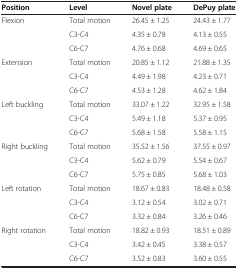
<table><thead><tr><td><b>Position</b></td><td><b>Level</b></td><td><b>Novel plate</b></td><td><b>DePuy plate</b></td></tr></thead><tbody><tr><td>Flexion</td><td>Total motion</td><td>26.45 ± 1.25</td><td>24.43 ± 1.77</td></tr><tr><td></td><td>C3-C4</td><td>4.35 ± 0.78</td><td>4.13 ± 0.55</td></tr><tr><td></td><td>C6-C7</td><td>4.76 ± 0.68</td><td>4.69 ± 0.65</td></tr><tr><td>Extension</td><td>Total motion</td><td>20.85 ± 1.12</td><td>21.88 ± 1.35</td></tr><tr><td></td><td>C3-C4</td><td>4.49 ± 1.98</td><td>4.23 ± 0.71</td></tr><tr><td></td><td>C6-C7</td><td>4.53 ± 1.28</td><td>4.62 ± 1.84</td></tr><tr><td>Left buckling</td><td>Total motion</td><td>33.07 ± 1.22</td><td>32.95 ± 1.58</td></tr><tr><td></td><td>C3-C4</td><td>5.49 ± 1.18</td><td>5.37 ± 0.95</td></tr><tr><td></td><td>C6-C7</td><td>5.68 ± 1.58</td><td>5.58 ± 1.15</td></tr><tr><td>Right buckling</td><td>Total motion</td><td>35.52 ± 1.56</td><td>37.55 ± 0.97</td></tr><tr><td></td><td>C3-C4</td><td>5.62 ± 0.79</td><td>5.54 ± 0.67</td></tr><tr><td></td><td>C6-C7</td><td>5.75 ± 0.85</td><td>5.68 ± 1.03</td></tr><tr><td>Left rotation</td><td>Total motion</td><td>18.67 ± 0.83</td><td>18.48 ± 0.58</td></tr><tr><td></td><td>C3-C4</td><td>3.12 ± 0.54</td><td>3.02 ± 0.71</td></tr><tr><td></td><td>C6-C7</td><td>3.32 ± 0.84</td><td>3.26 ± 0.46</td></tr><tr><td>Right rotation</td><td>Total motion</td><td>18.82 ± 0.93</td><td>18.51 ± 0.89</td></tr><tr><td></td><td>C3-C4</td><td>3.42 ± 0.45</td><td>3.38 ± 0.57</td></tr><tr><td></td><td>C6-C7</td><td>3.52 ± 0.83</td><td>3.60 ± 0.55</td></tr></tbody></table>